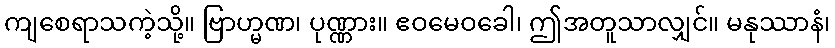
ကျစေရာသကဲ့သို့။ ဗြာဟ္မဏ၊ ပုဏ္ဏား။ ဧဝမေဝခေါ၊ ဤအတူသာလျှင်။ မနုဿာနံ၊